Investigations into the jail dietaries of the United Provinces with some observations on the influence of dietary on the physical development and well-being of the people of the United Provinces - Number 48
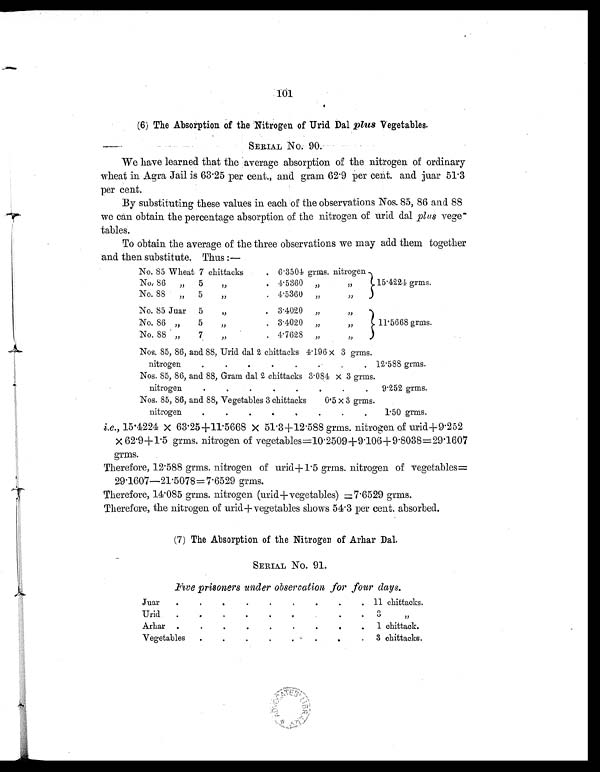
101
(6) The Absorption of the Nitrogen of Urid Dal plus Vegetables.
SERIAL No. 90.
We have learned that the average absorption of the nitrogen of ordinary
wheat in Agra Jail is 63.25 per cent., and gram 62.9 per cent. and juar 51.3
per cent.
By substituting these values in each of the observations Nos. 85, 86 and 88
we can obtain the percentage absorption of the nitrogen of urid dal plus vege-
tables.
To obtain the average of the three observations we may add them together
and then substitute. Thus:—
No. 85 Wheat 7 chittacks
. 6 . 3504 grms. nitrogen
15.4224 grms.
No. 86
„
5 „
. 4 . 5360 „
„
No. 88
„
5 „
. 4 . 5360 „ „
No. 85 Juar
5 „
. 3.4020
„ „
11.5668 grms.
No. 86 „
5 „
. 3.4020
„
„
No. 88 „
7 „
. 4. 7628 „
„
Nos. 85, 86, and 88, Urid dal 2 chittacks 4 . 196 × 3 grms.
nitrogen . . . . . . . .
12.588 grms.
Nos. 85, 86, and 88, Gram dal 2 chittacks 3.084 × 3 grms.
nitrogen . . . . . . . .
9.252 grms.
Nos. 85, 86, and 88, Vegetables 3 chittacks 0.5 × 3 grms.
nitrogen . . . . . . . .
1. 50 grms.
i.e., 15.4224 × 63.25+11.5668 × 51.3+12.588 grms. nitrogen of urid+9.252
× 62.9+1.5 grms. nitrogen of vegetables=10.2509 +9.106+9.8038=29.1607
grms.
Therefore, 12.588 grms. nitrogen of urid+1.5 grms. nitrogen of vegetables=
29.1607—21.5078=7.6529 grms.
Therefore, 14.085 grms. nitrogen (urid+ vegetables) = 7.6529 grms.
Therefore, the nitrogen of urid+vegetables shows 54.3 per cent. absorbed.
(7) The Absorption of the Nitrogen of Arhar Dal.
SERIAL No. 91.
Five prisoners under observation for four days.
Juar
.
. .
.
. .
.
.
.
11 chittacks.
Urid
.
.
.
.
.
.
.
.
.
3 „
Arhar .
.
.
.
.
.
.
.
. 1 chittack.
Vegetables
.
.
.
.
. .
.
.
3 chittacks.